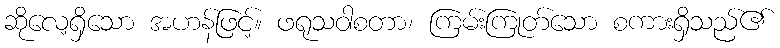
ဆိုလေ့ရှိသော အဟန်ဖြင့်။ ဖရုသဝါစတာ၊ ကြမ်းကြုတ်သော စကားရှိသည်၏